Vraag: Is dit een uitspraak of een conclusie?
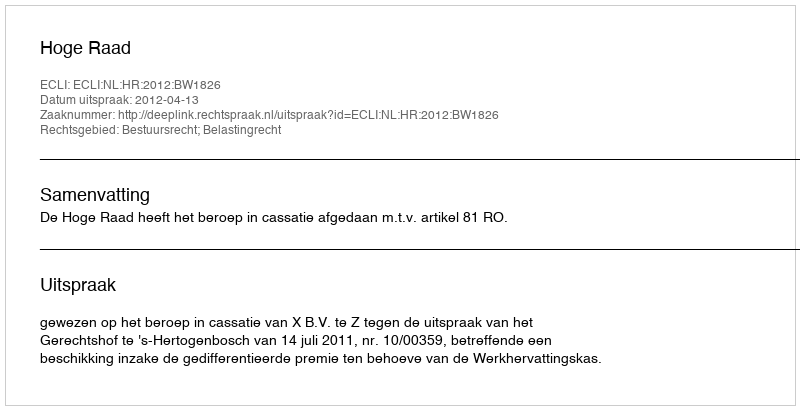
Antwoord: Uitspraak